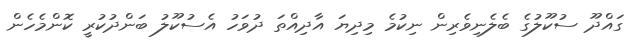
ގައްދޫ ސުކޫލުގެ ބެލެނިވެރިން ނިކުމެ މިދިޔަ އާދިއްތަ ދުވަހު އެސުކޫލު ބަންދުކުރީ ކޮންމެހެން